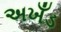
અખઁડ